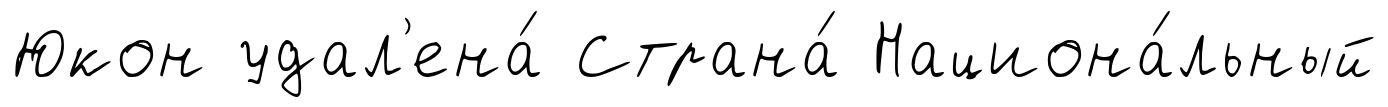
Юкон удал'ена́ Страна́ Национа́льный